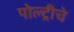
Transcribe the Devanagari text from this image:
पोल्ट्रीचे